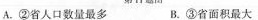
A.②省人口数量最多 B.③省面积最大